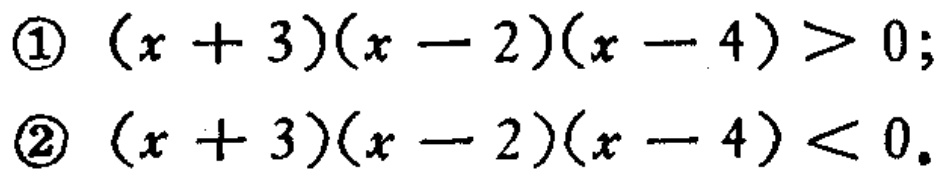
\textcircled{1} \((x + 3)(x - 2)(x - 4) > 0;\)
\textcircled{2} \((x + 3)(x - 2)(x - 4) < 0.\)